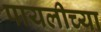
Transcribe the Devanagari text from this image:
पायलीच्या